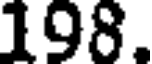
198.